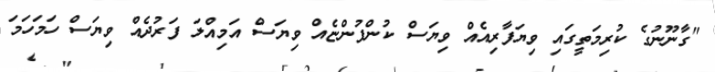
"ގާނޫނުގެ ކުރިމަތީގައި ވިޔަފާރިއެއް ވިޔަސް ކުންފުންޏެއް ވިޔަސް އަމިއްލަ ފަރުދެއް ވިޔަސް ހަމަހަމަ